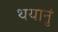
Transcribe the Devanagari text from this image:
थयानुं